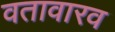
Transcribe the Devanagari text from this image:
वतावारव